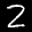
Label: 2